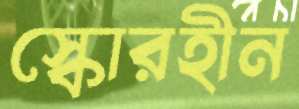
স্কোরহীন